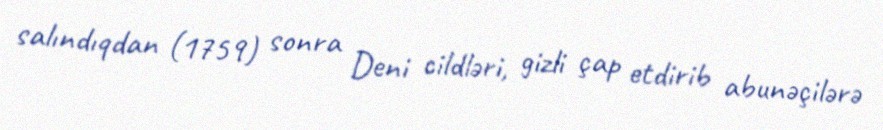
salındıqdan (1759) sonra Deni cildləri, gizli çap etdirib abunəçilərə